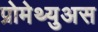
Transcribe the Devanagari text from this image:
प्रोमेथ्युअस